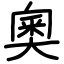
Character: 奧